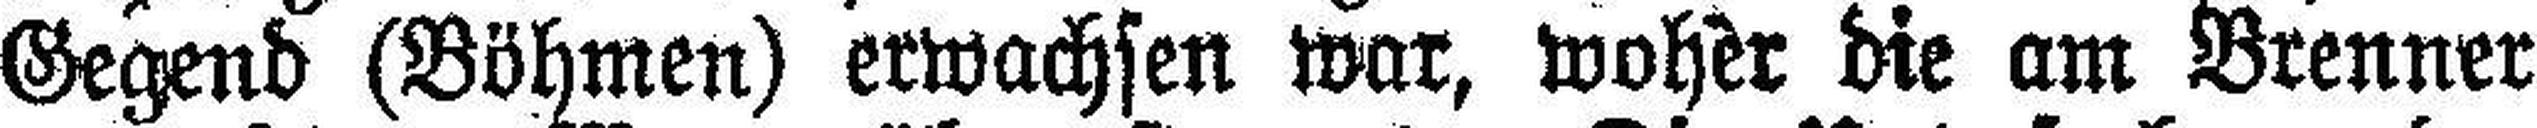
Gegend (Böhmen) erwachsen war, woher die am Brenner